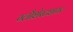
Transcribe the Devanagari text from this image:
ग्लौशेस्टशायर